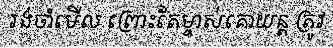
រង់ចាំមើល ព្រោះតែម្ចាស់គោយន្ត ត្រូវ